Preliminary report on an investigation into the etiology of Oriental sore in Cambay - Number 50
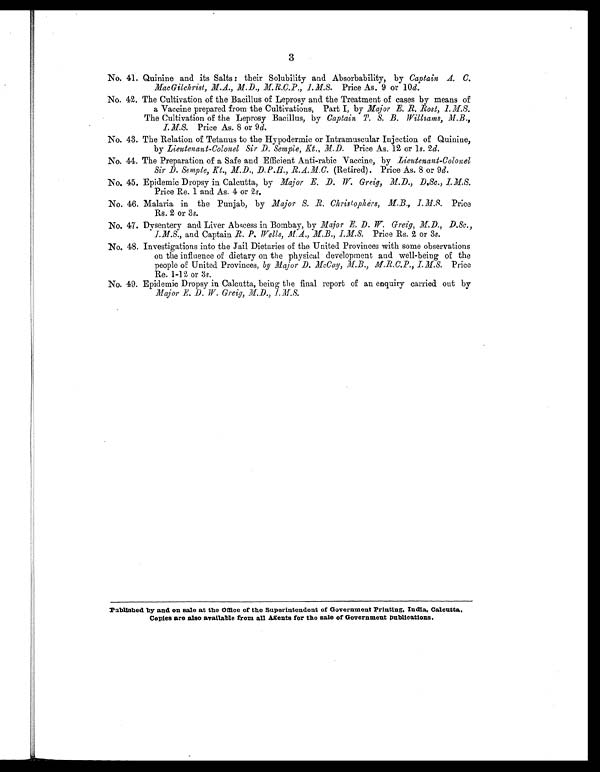
3
No. 41. Quinine and its Salts : their Solubility and Absorbability, by Captain A. C.
MacGilckrist, M.A., M.D., M.R.C.P., I.M.S. Price As. 9 or 10 d.
No. 42. The Cultivation of the Bacillus of Leprosy and the Treatment of cases by means of
a Vaccine prepared from the Cultivations, Part I, by Major E. R. Rost, I.M.S.
The Cultivation of the Leprosy Bacillus, by Captain T. S. B. Williams, M.B.,
I.M.S. Price As. 8 or 9 d.
No. 43. The Relation of Tetanus to the Hypodermic or Intramuscular Injection of Quinine,
by Lieutenant-Colonel Sir D. Semple, Kt., M.D. Price As. 12 or l s . 2 d.
No. 44. The Preparation of a Safe and Efficient Anti-rabic Vaccine, by Lieutenant-Colonel
Sir D. Semple, Kt., M.D., D.P.H., R.A.M.C. (Retired). Price As. 8 or 9d.
No. 45. Epidemic Dropsy in Calcutta, by Major E. D. W Greig, M.D., D.Sc.,I.M.S.
Price Re. 1 and As. 4 or 2 s.
No. 46. Malaria in the Punjab, by Major S. B. Christophers, M.B., I.M.S. Price
Rs. 2 or 3 s.
No. 47. Dysentery and Liver Abscess in Bombay, by Major E. D. W. Greig, M.D., D.Sc.,
I.M.S., and Captain R. P. Wells, M.A., M.B., I.M.S. Price Rs. 2 or 3s .
No. 48. Investigations into the Jail Dietaries of the United Provinces with some observations
on the influence of dietary on the physical development and well-being of the
people of United Provinces, by Major D. McCay, M.B., M.R.C.P., I.M.S. Price
Re. 1-12 or 3 s .
No. 49. Epidemic Dropsy in Calcutta, being the final report of an enquiry carried out by
Major E. D. W. Greig, M.D., I.M.S.
Published by and on sale at the Office of the Superintendent of Government Printing, India, Calcutta.
Copies are also available from all Agents for the sale of Government Publications.